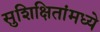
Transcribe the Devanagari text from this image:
सुशिक्षितांमध्ये